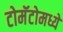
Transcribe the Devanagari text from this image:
टोमॅटोमध्ये